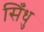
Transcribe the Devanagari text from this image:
सिँधु